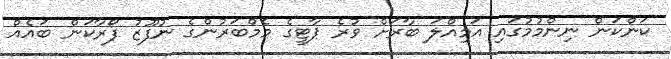
ކަންކަން ނިންމުމުގައި އަމިއްލަ ބާރަށް ވުރެ ޕާޓީގެ މެމްބަރުންގެ ނުފޫޒު ފޯރާކަން ބައެއް